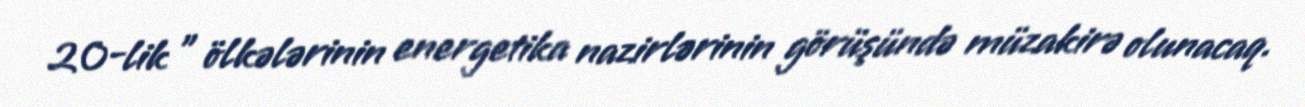
20-lik ” ölkələrinin energetika nazirlərinin görüşündə müzakirə olunacaq.